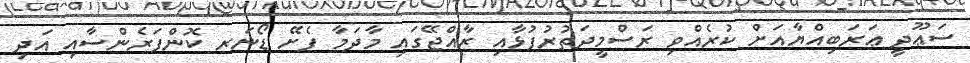
ސަޢޫދީ ޢަރަބިއްޔާއަށް ކުރެއްވި ރަސްމީދަތުރުފުޅާއި ރާއްޖޭގައި މާދަމާ ފެށޭ ޑޯނަރ ކޮންފަރެންސާއި އަދި